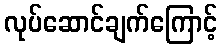
လုပ်ဆောင်ချက်ကြောင့်